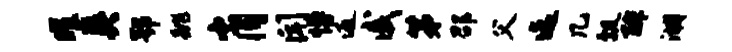
曜英鄂跳肖闻慢返戚第邵父迄几瓢酢湖